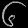
Digit: ၆